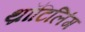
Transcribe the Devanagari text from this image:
थ्रॉटिलिंग